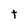
Character: t